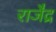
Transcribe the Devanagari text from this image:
राजे॑द्र